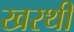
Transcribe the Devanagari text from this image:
खरथी